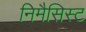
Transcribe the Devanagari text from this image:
निमैसिस्ट